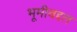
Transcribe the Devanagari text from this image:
भूमीबद्दल